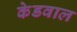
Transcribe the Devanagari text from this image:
केडवाल